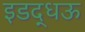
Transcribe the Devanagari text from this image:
इडद्धऊ